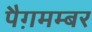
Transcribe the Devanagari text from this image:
पैग़मम्बर